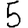
Digit: 5